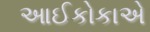
આઈકોકાએ